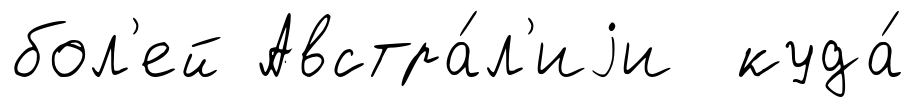
бол'ей Австра́л'иjи куда́